Annual report of the Madras Medical College
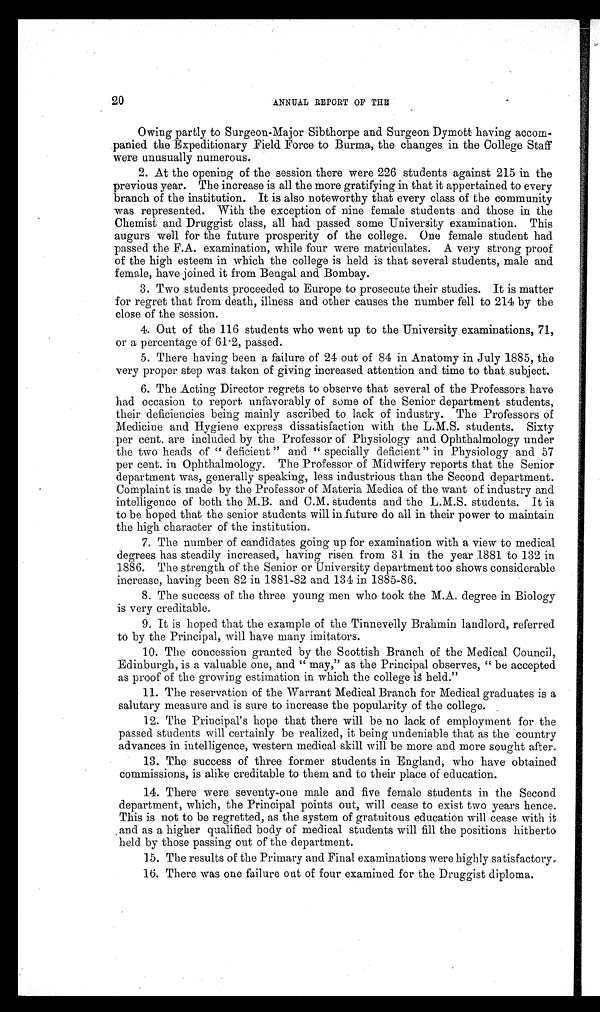
20
ANNUAL REPORT OF THE
Owing partly to Surgeon-Major Sibthorpe and Surgeon Dymott having accom-
panied the Expeditionary Field Force to Burma, the changes in the College Staff
were unusually numerous.
2. At the opening of the session there were 226 students against 215 in the
previous year. The increase is all the more gratifying in that it appertained to every
branch of the institution. It is also noteworthy that every class of the community
was represented. With the exception of nine female students and those in the
Chemist and Druggist class, all had passed some University examination. This
augurs well for the future prosperity of the college. One female student had
passed the F.A. examination, while four were matriculates. A very strong proof
of the high esteem in which the college is held is that several students, male and
female, have joined it from Bengal and Bombay.
3. Two students proceeded to Europe to prosecute their studies. It is matter
for regret that from death, illness and other causes the number fell to 214 by the
close of the session.
4. Out of the 116 students who went up to the University examinations, 71,
or a percentage of 61.2, passed.
5. There having been a failure of 24 out of 84 in Anatomy in July 1885, the
very proper step was taken of giving increased attention and time to that subject.
6. The Acting Director regrets to observe that several of the Professors have
had occasion to report unfavorably of some of the Senior department students,
their deficiencies being mainly ascribed to lack of industry. The Professors of
Medicine and Hygiene express dissatisfaction with the L.M.S. students. Sixty
per cent. are included by the Professor of Physiology and Ophthalmology under
the two heads of " deficient " and " specially deficient " in Physiology and 57
per cent. in Ophthalmology. The Professor of Midwifery reports that the Senior
department was, generally speaking, less industrious than the Second department.
Complaint is made by the Professor of Materia Medica of the want of industry and
intelligence of both the M.B. and C.M. students and the L.M.S. students. It is
to be hoped that the senior students will in future do all in their power to maintain
the high character of the institution.
7. The number of candidates going up for examination with a view to medical
degrees has steadily increased, having risen from 31 in the year 1881 to 132 in
1886. The strength of the Senior or University department too shows considerable
increase, having been 82 in 1881-82 and 134 in 1885-86.
8. The success of the three young men who took the M.A. degree in Biology
is very creditable.
9. It is hoped that the example of the Tinnevelly Brahmin landlord, referred
to by the Principal, will have many imitators.
10. The concession granted by the Scottish Branch of the Medical Council,
Edinburgh, is a valuable one, and " may," as the Principal observes, " be accepted
as proof of the growing estimation in which the college is held."
11. The reservation of the Warrant Medical Branch for Medical graduates is a
salutary measure and is sure to increase the popularity of the college.
12.
The Principal's hope that there will be no lack of employment for the
passed students will certainly be realized, it being undeniable that as the country
advances in intelligence, western medical skill will be more and more sought after.
13. The success of three former students in England, who have obtained
commissions, is alike creditable to them and to their place of education.
14. There were seventy-one male and five female students in the Second
department, which, the Principal points out, will cease to exist two years hence.
This is not to be regretted, as the system of gratuitous education will cease with it
and as a higher qualified body of medical students will fill the positions hitherto
held by those passing out of the department.
15. The results of the Primary and Final examinations were highly satisfactory.
16. There was one failure out of four examined for the Druggist diploma.